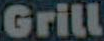
Grill